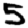
Digit: 5